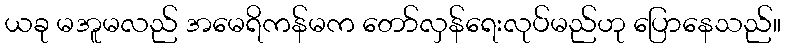
ယခု မအူမလည် အမေရိကန်မက တော်လှန်ရေးလုပ်မည်ဟု ပြောနေသည်။